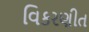
વિકરણીત